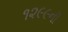
૧૨૯૯ની